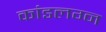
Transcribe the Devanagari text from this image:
कांडलग्न